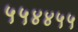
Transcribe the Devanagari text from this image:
५५४४५५